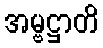
အမ္ဗဋ္ဌာတိ